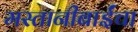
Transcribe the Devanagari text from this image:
मस्तानीबाईंचा